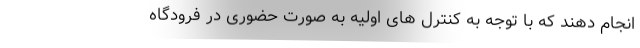
انجام دهند که با توجه به کنترل های اولیه به صورت حضوری در فرودگاه